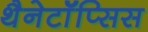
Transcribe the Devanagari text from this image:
थैनेटॉॅप्सिस